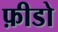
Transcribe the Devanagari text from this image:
फ़ीडो